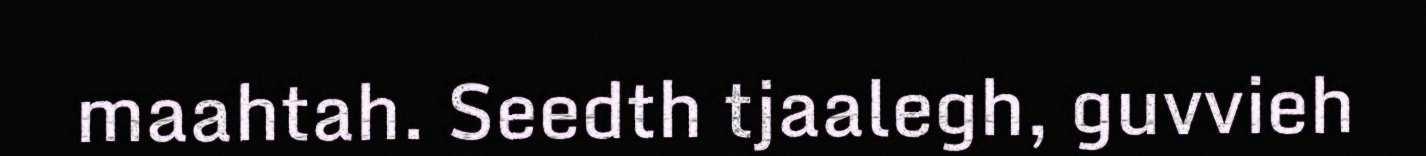
maahtah. Seedth tjaalegh, guvvieh